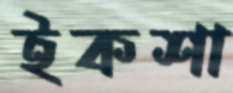
ইকশা